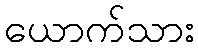
ယောက်သား